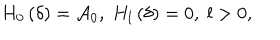
H _ { 0 } \left( \delta \right) = \mathcal { A } _ { 0 } , \; H _ { l } \left( \delta \right) = 0 , \; l > 0 ,